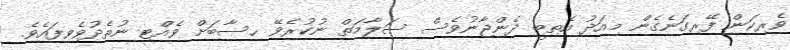
ވެރިކަން ފޭރިގަނެގެން މިއަދު އެތިބީ ދެންޖާނުވެސް ސަލާމަތް ނުކުރެވޭ ހިސާބަށް ވެއްޓި ނުތެދުވެވިފައެވެ.